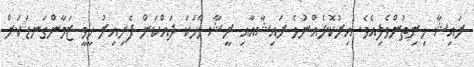
ރައިޝާ ހިނިތުންވެލިއެވެ. އިރުކޮޅެއްނުވެ ރައިޝާއާއި ރީޝާ ވާހަކަ ދައްކަން ފެށިއިރު ހީވީ ޒަމާންގަނޑަކަށް